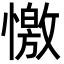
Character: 憿